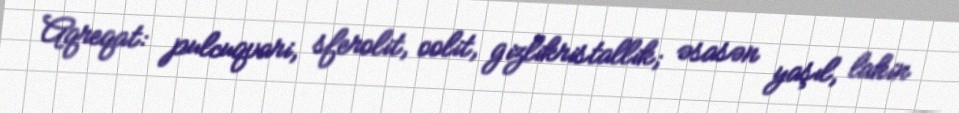
Aqreqat: pulcuqvari, sferolit, oolit, gizlikristallik; əsasən yaşıl, lakin